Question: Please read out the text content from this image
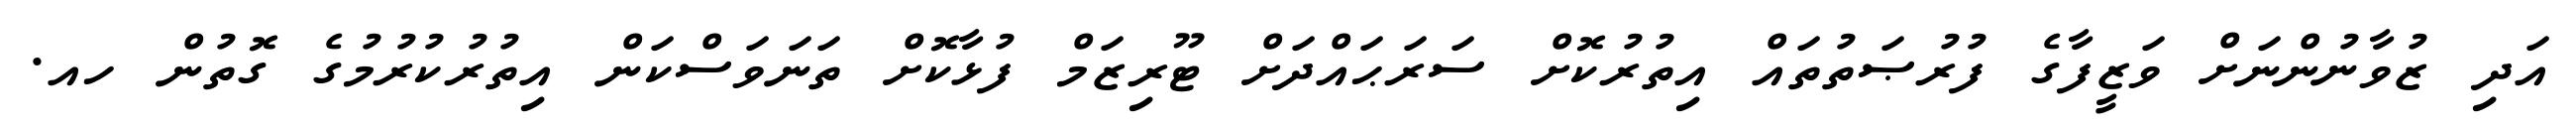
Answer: އަދި ޒުވާނުންނަށް ވަޒީފާގެ ފުރުޞަތުތައް އިތުރުކޮށް ސަރަޙައްދަށް ޓޫރިޒަމް ފުޅާކޮށް ތަނަވަސްކަން އިތުރުކުރުމުގެ ގޮތުން ހއ.